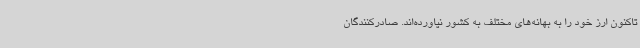
تاکنون ارز خود را به بهانه‌های مختلف به کشور نیاورده‌اند. صادرکنندگان